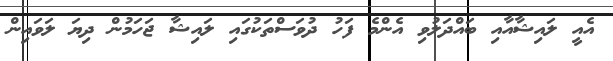
އެއީ ލައިޝާއާއި ބައްދަލުވި އެންމެ ފަހު ދުވަސްތަކުގައި ލައިޝާ ޖަހަމުން ދިޔަ ލަވައިން